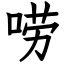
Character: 唠